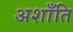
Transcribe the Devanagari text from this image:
अशाँति